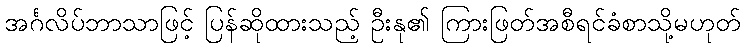
အင်္ဂလိပ်ဘာသာဖြင့် ပြန်ဆိုထားသည့် ဦးနု၏ ကြားဖြတ်အစီရင်ခံစာသို့မဟုတ်